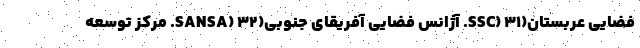
فضایی عربستان(SSC) ۳۱. آژانس فضایی آفریقای جنوبی(SANSA) ۳۲. مرکز توسعه